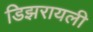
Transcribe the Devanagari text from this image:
डिझरायली